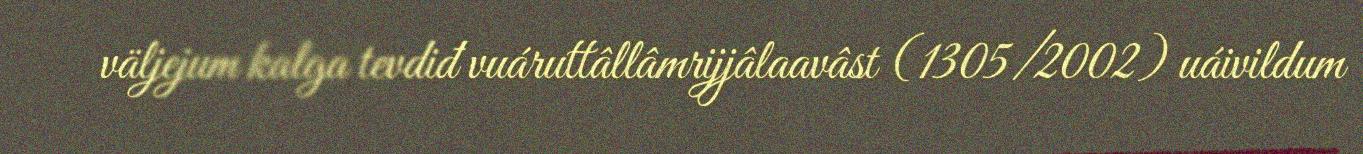
väljejum kalga tevdiđ vuáruttâllâmrijjâlaavâst (1305/2002) uáivildum